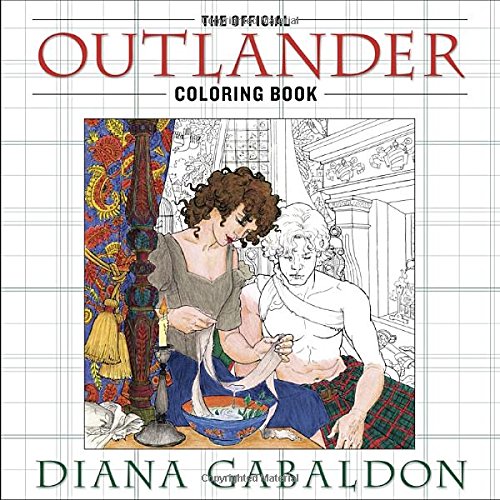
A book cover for The Official Outlander Coloring Book; Diana Gabaldon; Humor & Entertainment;